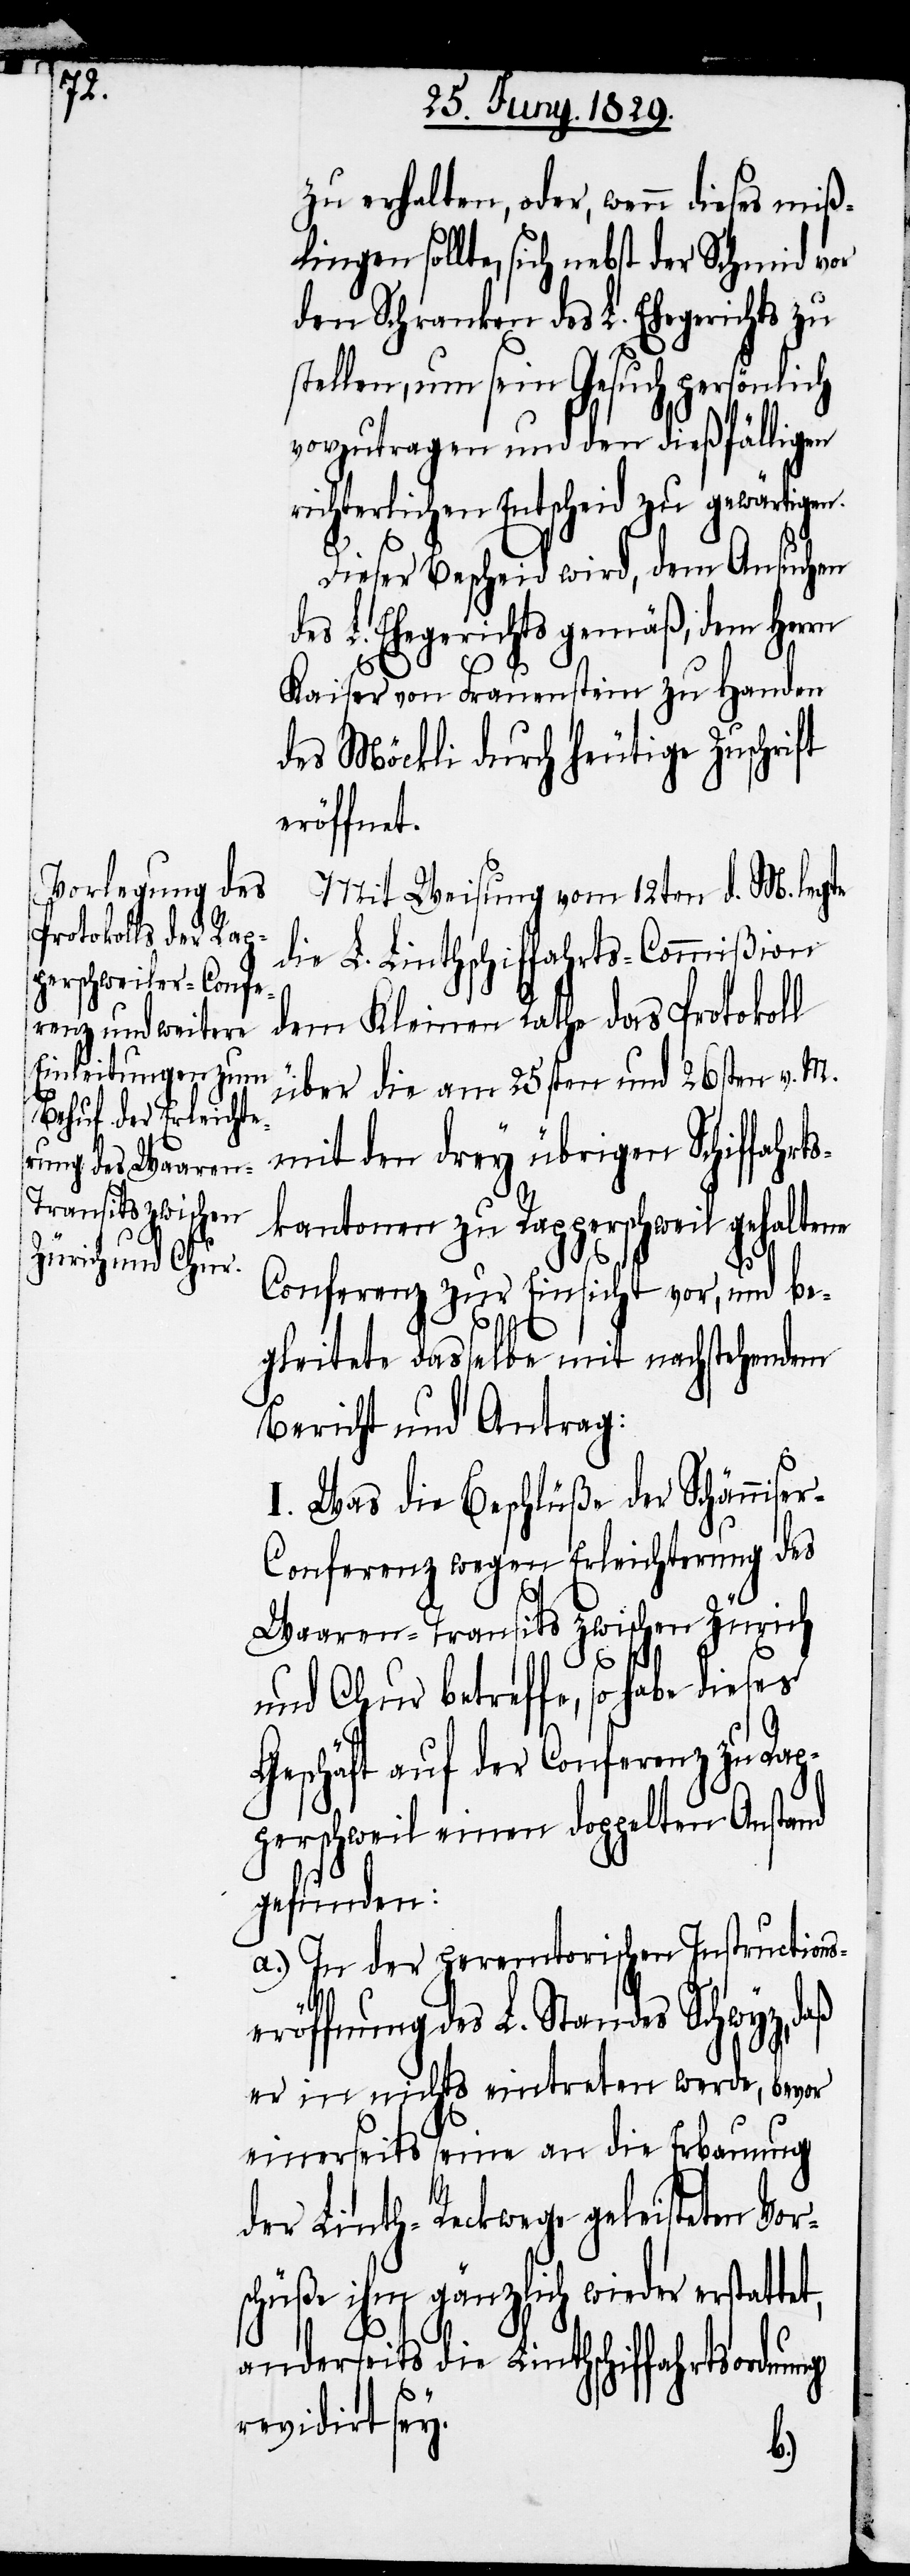
zu erhalten, oder, wenn dieses miß¬
lingen sollte, sich nebst der Schmid vor
den Schranken des L. Ehegerichts zu
stellen, um sein Gesuch persönlich
vorzutragen und den dießfälligen
richterlichen Entscheid zu gewärtigen.
Dieser Bescheid wird, dem Ansuchen
des L. Ehegerichts gemäß, dem Herrn
Kaiser von Frauenstein zu Handen
des Möckli durch heutige Zuschrift
eröffnet.
Mit Weisung vom 12ten d. M. legte
die L. Linthschiffahrts-Commißion
dem Kleinen Rathe das Protokoll
über die am 25sten und 26sten v. M.
mit den drey übrigen Schiffahrt¬
skantonen zu Rapperschweil gehaltene
Conferenz zur Einsicht vor, und be¬
gleitet dasselbe mit nachstehendem
Bericht und Antrag:
et,
I. Was die Beschlüße der Schännise¬
r-Conferenz wegen Erleichterung des
Waaren-Transits zwischen Zürich
und Chur betreffe, so habe dieses
Geschäft auf der Conferenz zu Rap¬
perschweil einen doppelten Anstand
gefunden:
a.) In der peremtorischen Instructions¬
eröffnung des L. Standes Schwyz, daß
er in nichts eintreten werde, bevor
einerseits seine an die Erbauung
der Linth-Reckwege geleisteten Vor¬
schüße ihm gänzlich wieder erstatt¬
anderseits die Linthschiffahrtsordnung
revidirt sey.